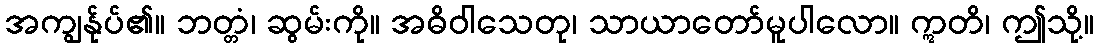
အကျွန်ုပ်၏။ ဘတ္တံ၊ ဆွမ်းကို။ အဓိဝါသေတု၊ သာယာတော်မူပါလော။ ဣတိ၊ ဤသို့။